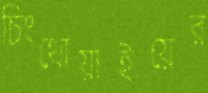
চিংথোয়াইয়ের